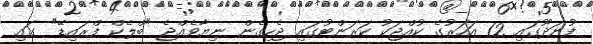
ފުނަދޫގައި 12 އަހަރުގެ ކުއްޖަކު ކަރަންޓުގައި ޖެހިގެން ނިޔާވެއްޖެ "ބްލެކް ފްރައިޑޭ" ގައި